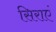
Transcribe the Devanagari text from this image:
सिराएं